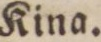
Kina.